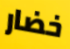
خضار